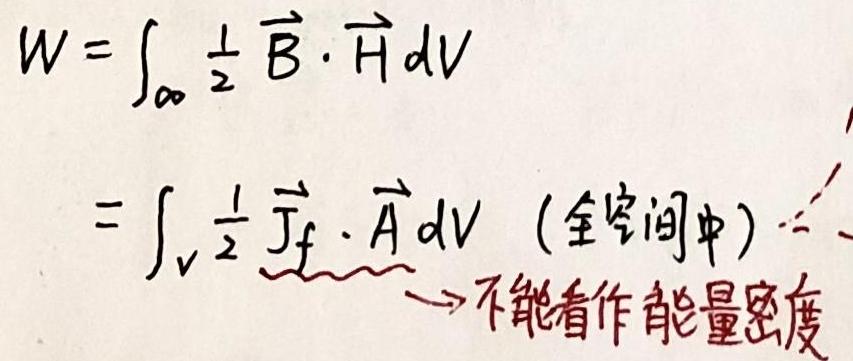
\[
\begin{align*}
W&=\int_{\infty} \frac{1}{2} \vec{B} \cdot \vec{H} \mathrm{d}V\\
&=\int_{V} \frac{1}{2} \vec{J}_{f} \cdot \vec{A} \mathrm{d}V \quad (\text{全空间中})\quad \xrightarrow{\quad} \text{不能看作能量密度}
\end{align*}
\]